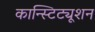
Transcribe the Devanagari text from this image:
कान्स्टिट्यूशन